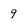
Character: 9